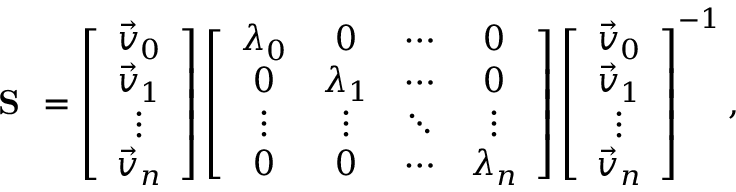
\textbf { S } = \left[ { \begin{array} { c } { \vec { v } _ { 0 } } \\ { \vec { v } _ { 1 } } \\ { \vdots } \\ { \vec { v } _ { n } } \end{array} } \right] \left[ { \begin{array} { c c c c } { \lambda _ { 0 } } & { 0 } & { \cdots } & { 0 } \\ { 0 } & { \lambda _ { 1 } } & { \cdots } & { 0 } \\ { \vdots } & { \vdots } & { \ddots } & { \vdots } \\ { 0 } & { 0 } & { \cdots } & { \lambda _ { n } } \end{array} } \right] \left[ { \begin{array} { c } { \vec { v } _ { 0 } } \\ { \vec { v } _ { 1 } } \\ { \vdots } \\ { \vec { v } _ { n } } \end{array} } \right] ^ { - 1 } ,